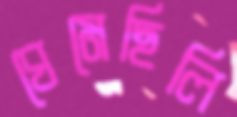
ঘেমেছিলি